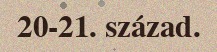
20-21. század.